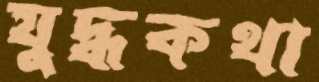
যুদ্ধকথা